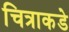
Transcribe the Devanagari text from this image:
चित्राकडे